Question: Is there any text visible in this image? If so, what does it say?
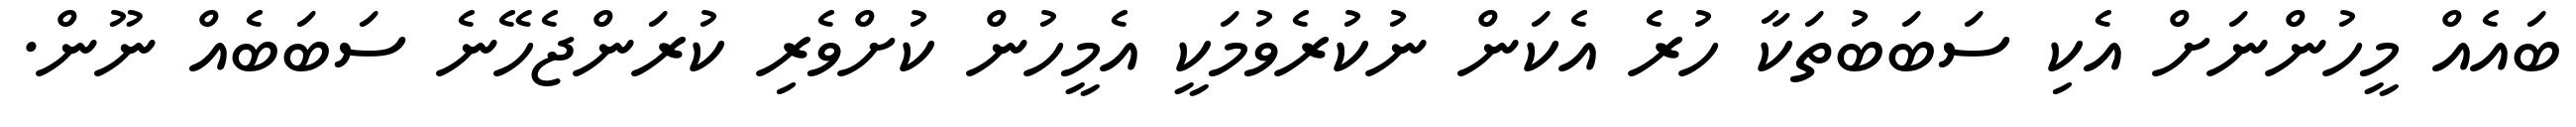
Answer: ބައެއް މީހުންނަށް އެކި ސަބަބުތަކާ ހުރެ އެކަން ނުކުރެވުމަކީ އެމީހުން ކުށްވެރި ކުރަންޖެހޭނެ ސަބަބެއް ނޫން.